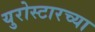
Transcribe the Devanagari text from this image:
युरोस्टारच्या